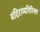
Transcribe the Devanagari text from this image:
मंदिराव्यतिरिक्त